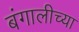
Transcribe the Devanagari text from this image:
बंगालीच्या